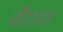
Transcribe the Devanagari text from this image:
वैराठ